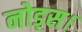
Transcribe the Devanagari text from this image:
नोड्स।